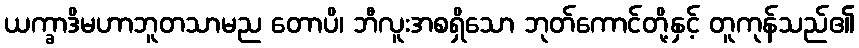
ယက္ခာဒိမဟာဘူတသာမည တောပိ၊ ဘီလူးအစရှိသော ဘုတ်ကောင်တို့နှင့် တူကုန်သည်၏